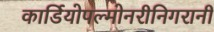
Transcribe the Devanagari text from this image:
कार्डियोपल्मोनरीनिगरानी